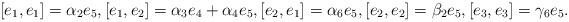
LaTeX: \begin{align*} [e_1, e_1]=\alpha_2e_5, [e_1, e_2]=\alpha_3e_4+ \alpha_4e_5, [e_2, e_1]=\alpha_6e_5, [e_2, e_2]=\beta_2e_5,[e_3, e_3]=\gamma_6e_5.\end{align*}